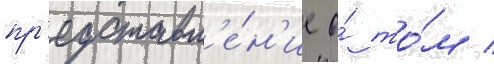
пр'едставл'е́н'ие о́ то́м /